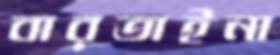
বারতাইনা